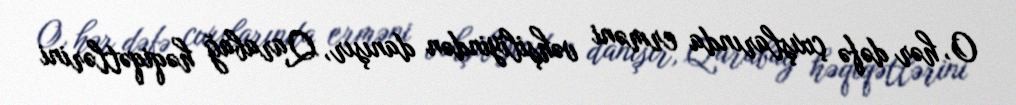
O, hər dəfə çıxışlarında erməni vəhşiliyindən danışır, Qarabağ həqiqətlərini